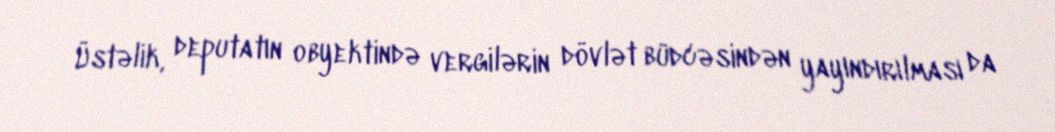
Üstəlik, deputatın obyektində vergilərin dövlət büdcəsindən yayındırılması da